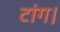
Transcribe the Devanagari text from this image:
टांग।